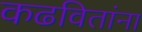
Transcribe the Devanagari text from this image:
कढवितांना